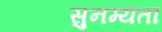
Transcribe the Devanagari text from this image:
सुनम्यता